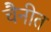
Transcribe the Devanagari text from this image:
चैनीत